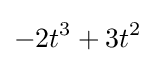
-2t^{3}+3t^{2}